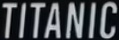
TITANIC